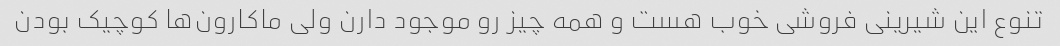
تنوع این شیرینی فروشی خوب هست و همه چیز رو موجود دارن ولی ماکارون‌ها کوچیک بودن